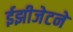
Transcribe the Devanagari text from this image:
ईझीजेटने